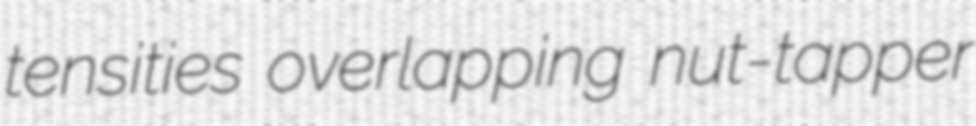
tensities overlapping nut-tapper